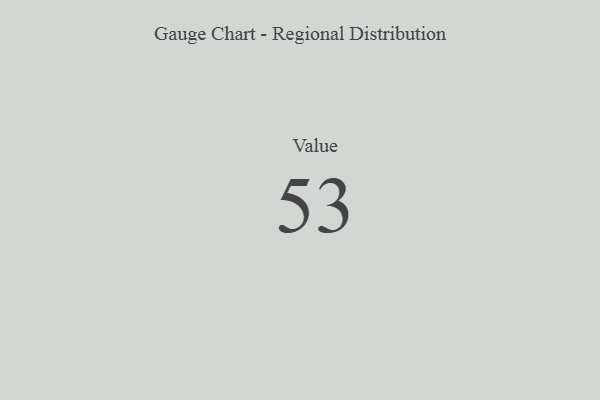
{"axis": {"x": "Metric", "y": "Value"}, "legend": [""], "data": [{"x": "Value", "y": 53, "type": ""}]}